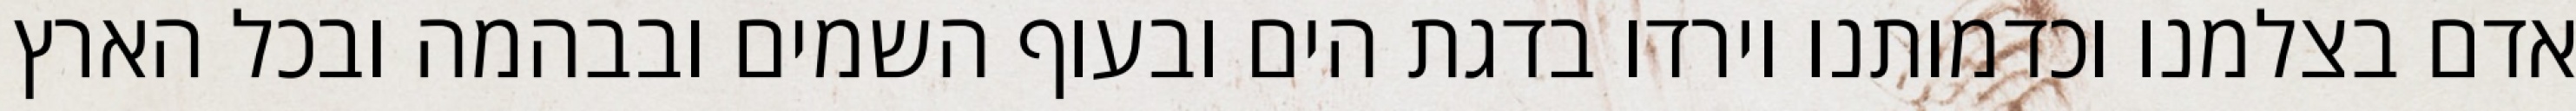
אדם בצלמנו וכדמותנו וירדו בדגת הים ובעוף השמים ובבהמה ובכל הארץ